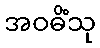
အဝဓိံသု